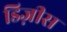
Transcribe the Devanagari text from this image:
डिज़ीस